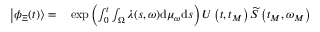
\begin{array} { r l } { \left| \phi _ { \Xi } ( t ) \right\rangle = } & { { } \exp \left( \int _ { 0 } ^ { t } \int _ { \Omega } \lambda ( s , \omega ) \mathrm { d } \mu _ { \omega } \mathrm { d } s \right) U \left( t , t _ { M } \right) \widetilde { S } \left( t _ { M } , \omega _ { M } \right) } \end{array}